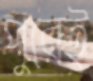
পুরেই